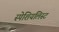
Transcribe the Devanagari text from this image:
स्पेशियलिस्ट